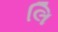
લિ